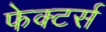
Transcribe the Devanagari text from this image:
फेक्टर्स